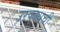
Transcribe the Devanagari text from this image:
उरकायची